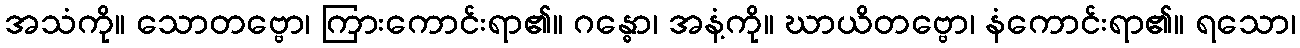
အသံကို။ သောတဗ္ဗော၊ ကြားကောင်းရာ၏။ ဂန္ဓော၊ အနံ့ကို။ ဃာယိတဗ္ဗော၊ နံကောင်းရာ၏။ ရသော၊